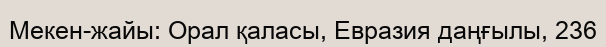
Мекен-жайы: Орал қаласы, Евразия даңғылы, 236